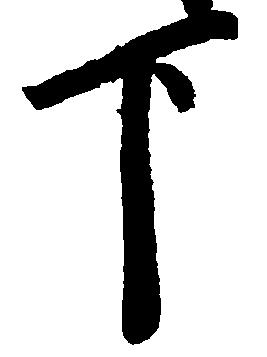
下